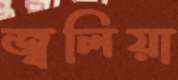
জ্বলিয়া